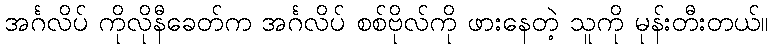
အင်္ဂလိပ် ကိုလိုနီခေတ်က အင်္ဂလိပ် စစ်ဗိုလ်ကို ဖားနေတဲ့ သူကို မုန်းတီးတယ်။